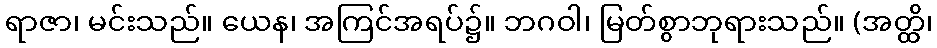
ရာဇာ၊ မင်းသည်။ ယေန၊ အကြင်အရပ်၌။ ဘဂဝါ၊ မြတ်စွာဘုရားသည်။ (အတ္ထိ၊